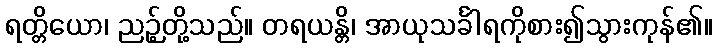
ရတ္တိယော၊ ညဉ့်တို့သည်။ တရယန္တိ၊ အာယုသင်္ခါရကိုစား၍သွားကုန်၏။